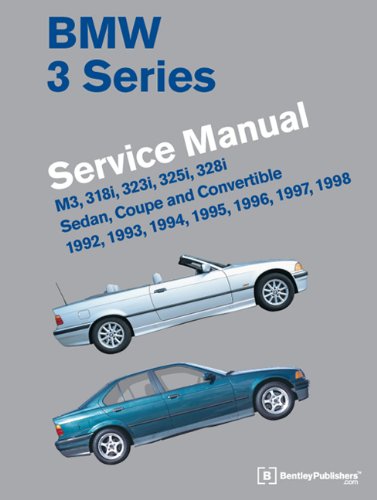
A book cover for BMW 3 Series (E36) Service Manual 1992, 1993, 1994, 1995, 1996, 1997, 1998; Bentley Publishers; Engineering & Transportation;